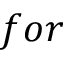
f o r